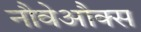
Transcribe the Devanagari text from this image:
नौवेऔक्स